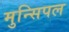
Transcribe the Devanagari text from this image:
मुन्सिपल